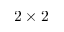
2 \times 2